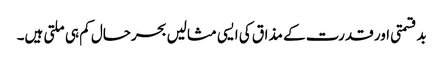
بدقسمتی اور قدرت کے مذاق کی ایسی مثالیں بحرحال کم ہی ملتی ہیں۔